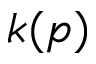
k ( p )